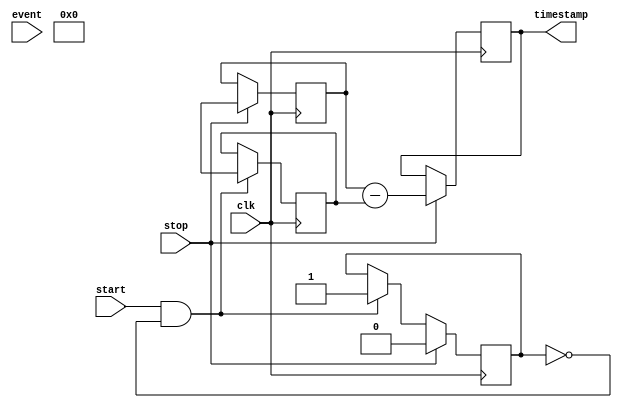
module time_stamping_timer (
    input wire clk, // high-resolution clock input
    input wire start, // control signal to start the timer
    input wire stop, // control signal to stop the timer
    input wire event, // input signal to timestamp
    output reg [31:0] timestamp // output timestamp value
);

reg [31:0] start_time;
reg [31:0] end_time;
reg timer_running;

always @(posedge clk) begin
    if (start && !timer_running) begin
        start_time <= $realtime; // capture start time
        timer_running <= 1;
    end
    
    if (stop) begin
        end_time <= $realtime; // capture end time
        timer_running <= 0;
        timestamp <= end_time - start_time; // calculate time duration
    end
end

endmodule